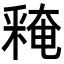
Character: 𨤕